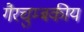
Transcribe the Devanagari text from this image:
गैरचुम्बकीय